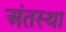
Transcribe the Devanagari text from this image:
अंंतस्था